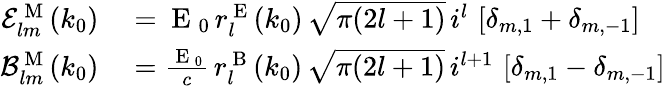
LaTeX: \begin{array}{rl}{\mathcal{E}_{lm}^{\mathrm{~M~}}(k_{0})}&{{}=\mathrm{~E~}_{0}\, r_{l}^{\mathrm{~E~}}(k_{0})\, \sqrt{\pi(2l+1)}\, i^{l}\, \left[\delta_{m,1}+\delta_{m,-1}\right]}\\ {\mathcal{B}_{lm}^{\mathrm{~M~}}(k_{0})}&{{}=\frac{\mathrm{~E~}_{0}}{c}\, r_{l}^{\mathrm{~B~}}(k_{0})\, \sqrt{\pi(2l+1)}\, i^{l+1}\, \left[\delta_{m,1}-\delta_{m,-1}\right]}\end{array}